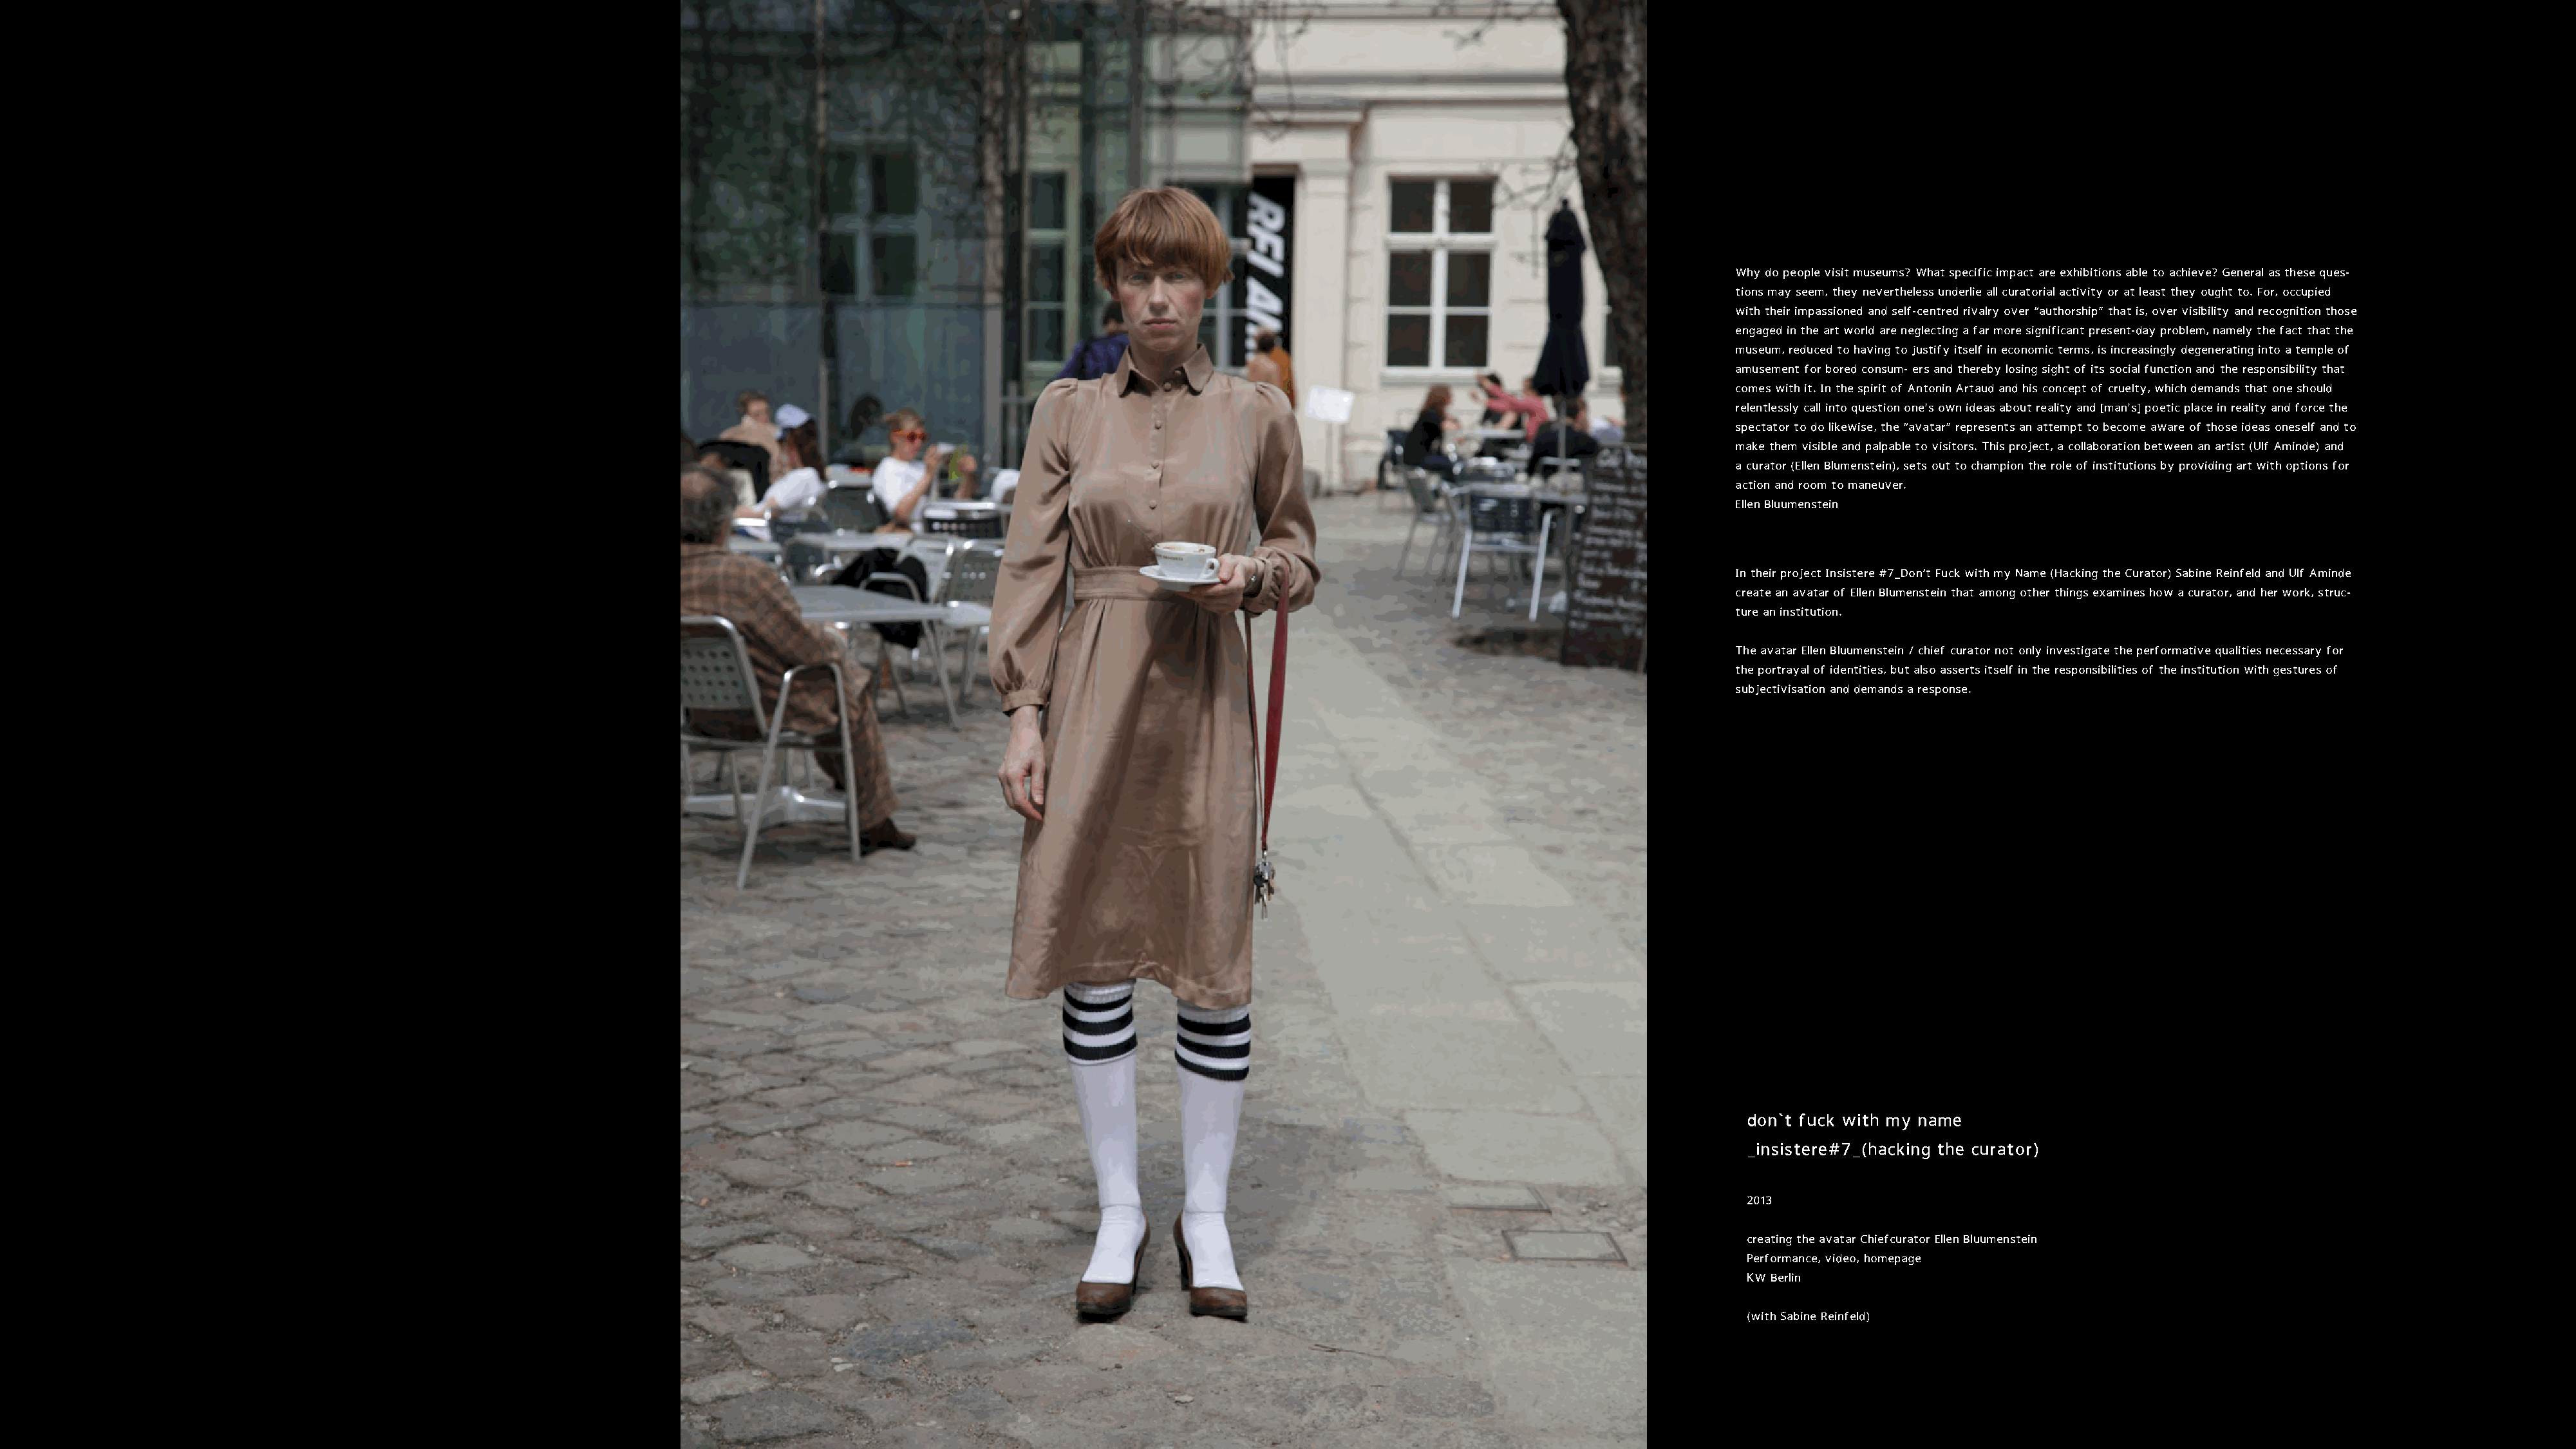
Why do people visit museums? What specific impact are exhibitions able to achieve? General as these ques-
 tions may seem, they nevertheless underlie all curatorial activity or at least they ought to. For, occupied
 with their impassioned and self-centred rivalry over “authorship” that is, over visibility and recognition those
 engaged in the art world are neglecting a far more significant present-day problem, namely the fact that the
 museum, reduced to having to justify itself in economic terms, is increasingly degenerating into a temple of
 amusement for bored consum- ers and thereby losing sight of its social function and the responsibility that
 comes with it. In the spirit of Antonin Artaud and his concept of cruelty, which demands that one should
 relentlessly call into question one’s own ideas about reality and [man’s] poetic place in reality and force the
 spectator to do likewise, the “avatar” represents an attempt to become aware of those ideas oneself and to
 make them visible and palpable to visitors. This project, a collaboration between an artist (Ulf Aminde) and
 a curator (Ellen Blumenstein), sets out to champion the role of institutions by providing art with options for
 action and room to maneuver.
 Ellen Bluumenstein
 In their project Insistere #7_Don‘t Fuck with my Name (Hacking the Curator) Sabine Reinfeld and Ulf Aminde
 create an avatar of Ellen Blumenstein that among other things examines how a curator, and her work, struc-
 ture an institution.
 The avatar Ellen Bluumenstein / chief curator not only investigate the performative qualities necessary for
 the portrayal of identities, but also asserts itself in the responsibilities of the institution with gestures of
 subjectivisation and demands a response.
 don`t fuck with my name
 _insistere#7_(hacking the curator)
 2013
 creating the avatar Chiefcurator Ellen Bluumenstein
 Performance, video, homepage
 KW Berlin
 (with Sabine Reinfeld)